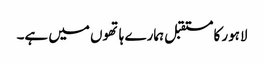
لاہور کا مستقبل ہمارے ہاتھوں میں ہے۔